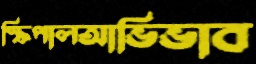
স্ক্রিপালআভিভাব